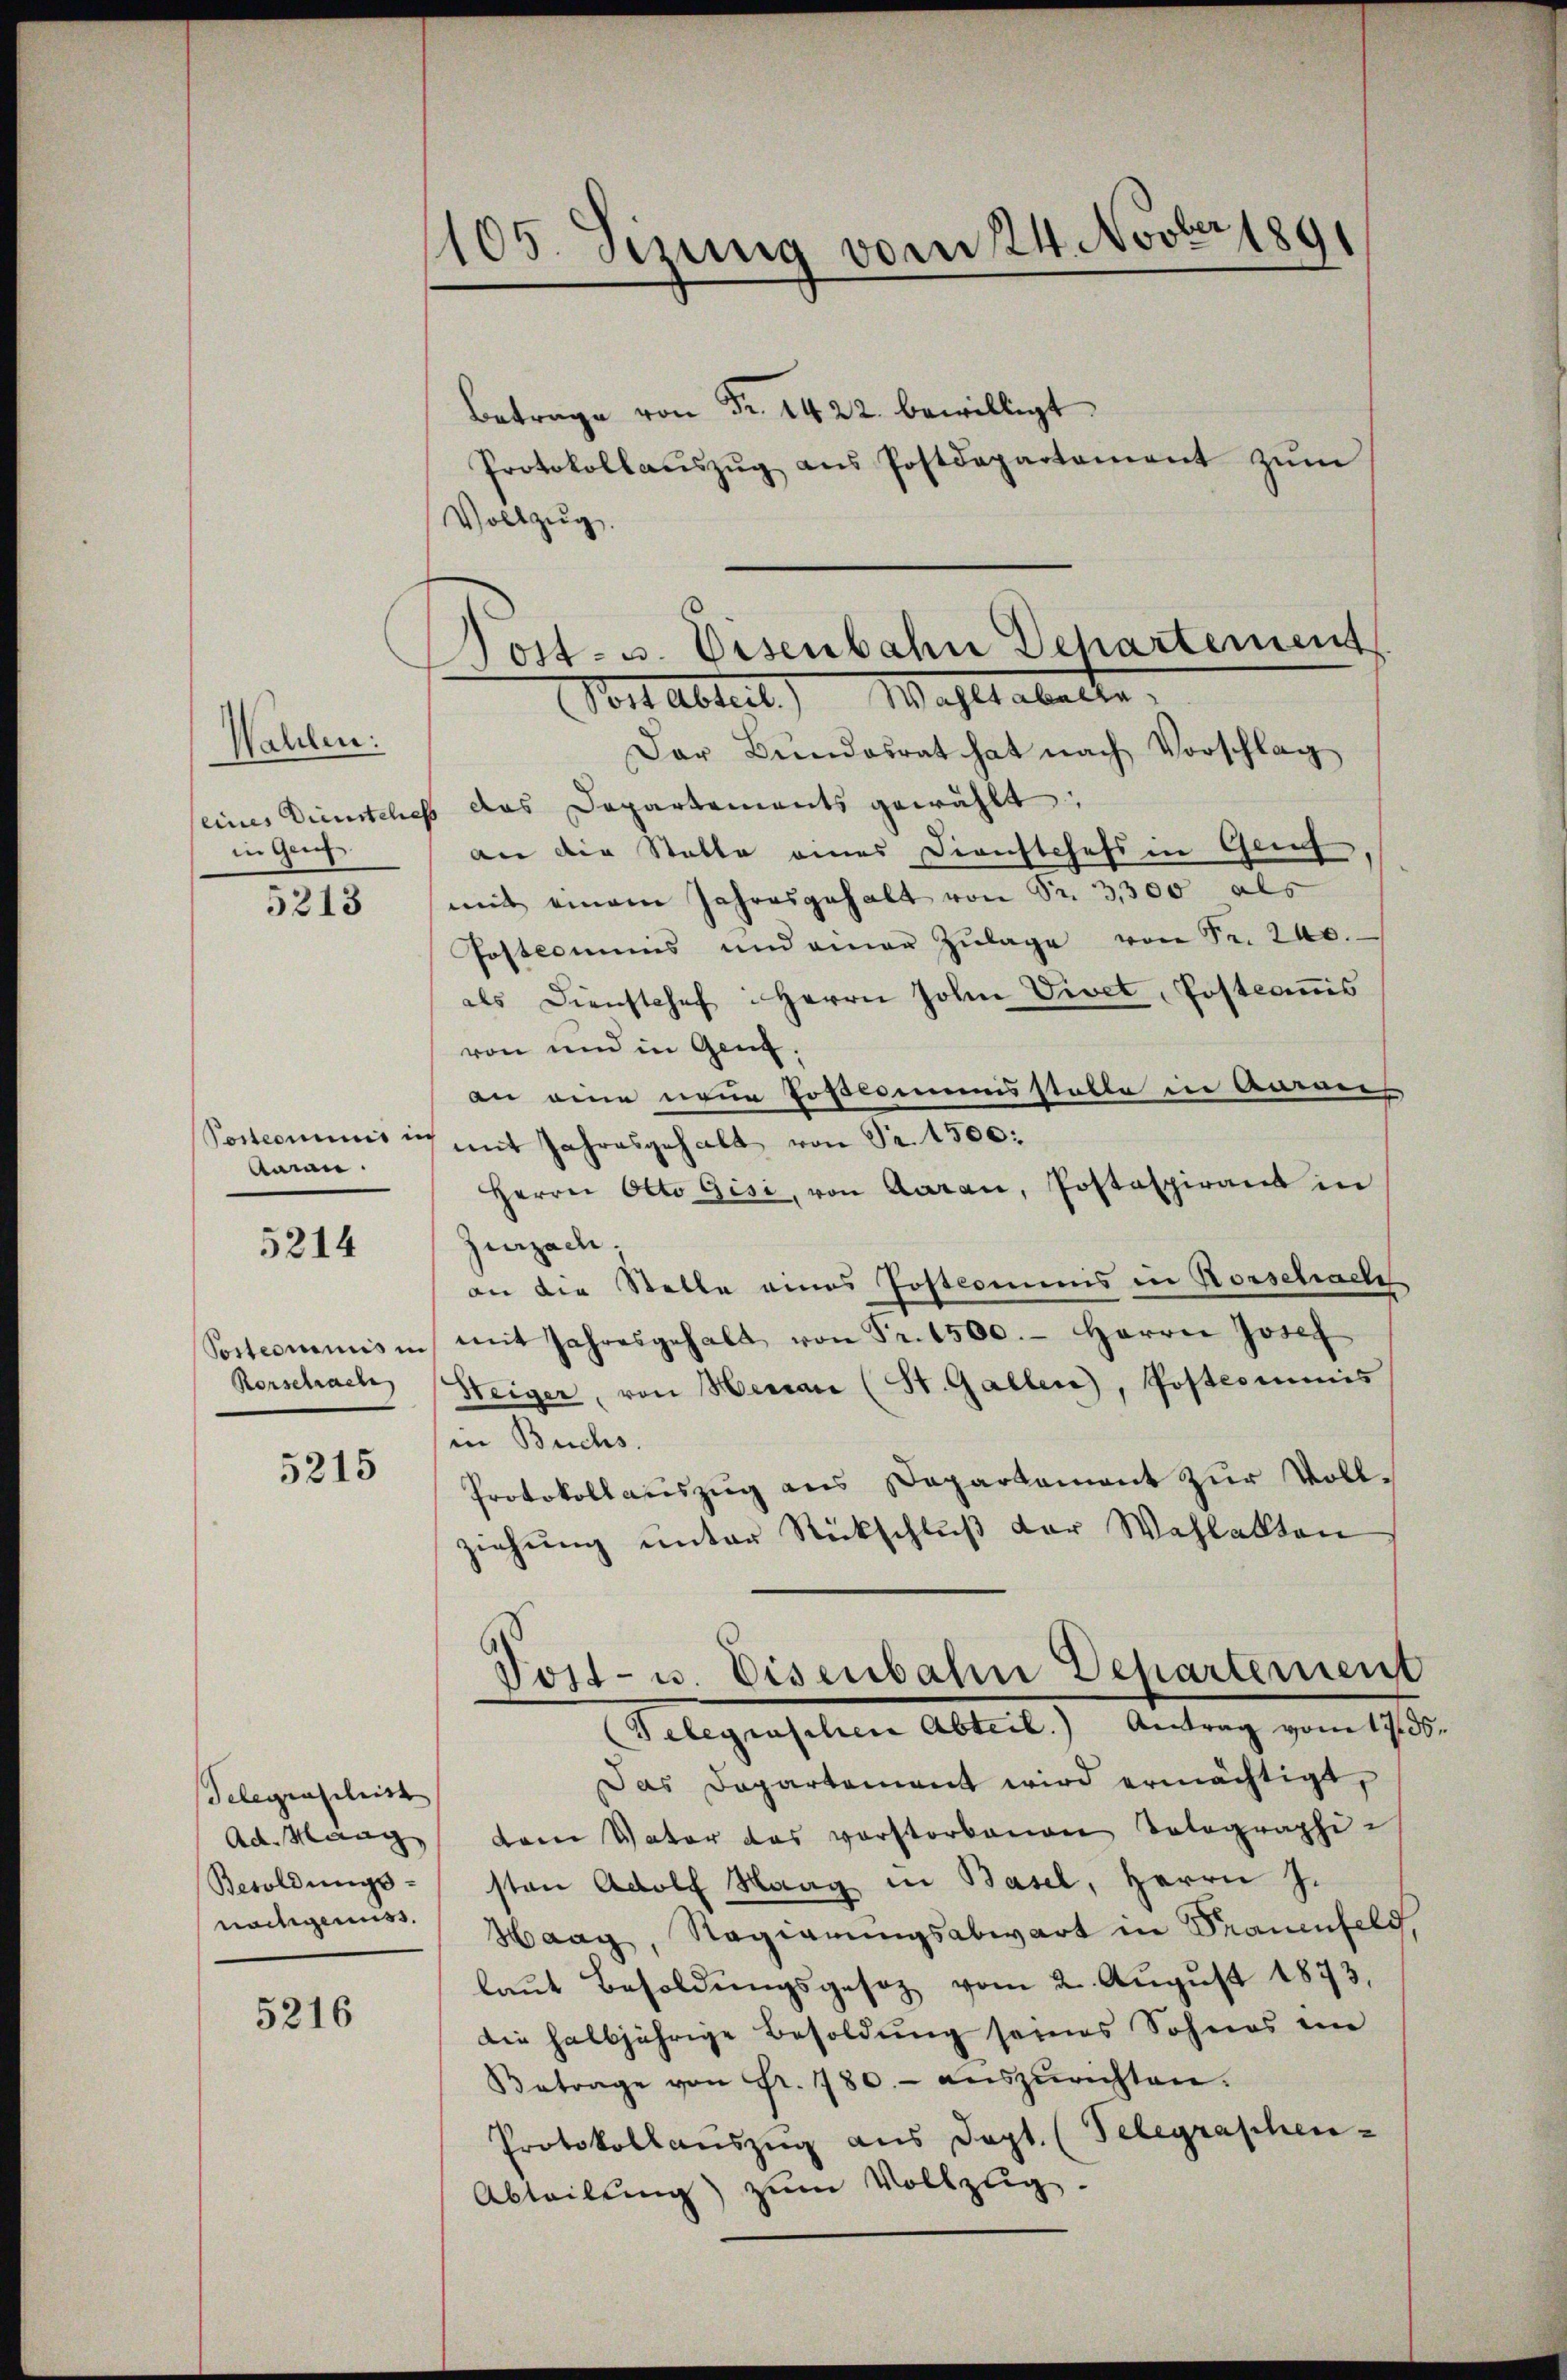
Wahlen.
in Genf.

5213

Postcommis in
Aaian.

5214

Rorschrach

5215

Telegenschrist

5216

105. Sizung vom 24. Novber 1891

Post- u. Visenbahn Dehartement
Vor Abteil) Wahls abalte.

. bewilligt
Protokollaŭszŭg aŭs Postdepartament zŭm
Vollzug.
Der Bŭndesrat hat nach Vorschlag
seines Dientelich das Dapartements gewählt:
an die Statte eines Dienstchefs in Genf,
mit einem Jahresgehalt von Sr. 3,300 als
Postcommes und einer Zŭlage von Fr. 240.
als Diensthef: Herrn John Vivet, Postcommis
von und in Genf.
an eine neue Poscommisstolle in Anwei
mit Jahresgehalt von Fr. 1500:
Herrn Otto Gisi, von Aarau, Postaspirant in
Zurzach,
an die Stelle eines Postkommnis in Rorschache
Sostcommis in mit Jahresgehalt von Fr. 1500.- Herrn Josef
Steiger, von Herau (St. Gallen, Postcommis
in Buchs.
Protokollaŭszŭg ans Departament zŭr Vollziehung unter Rückschluß der Wahlakten
Tost- u. Eisenbahn Departement
(Telegraschen Abteil.) Antrag vom 17. ds.
Das Departement wird ermächtigt,
Ad Mänge dem Vater das vorstorbenen Totographie
Besoldungs- sten Adolf Haag in Basel, Herrn J.
nachgenuss. Haag, Regierungsabwart in Frauenfeld,
laŭt Besoldŭngsgesez vom 2. Aŭgŭst 1873,
Die halbjährige Besoldung seines Sohnes im
Betrage von Fr. 1780.- aŭszŭrichten.
1
Protokollauszug aus Sept. (Telegraphen-
Abteilŭng zŭm Vollzŭg.